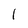
Character: L